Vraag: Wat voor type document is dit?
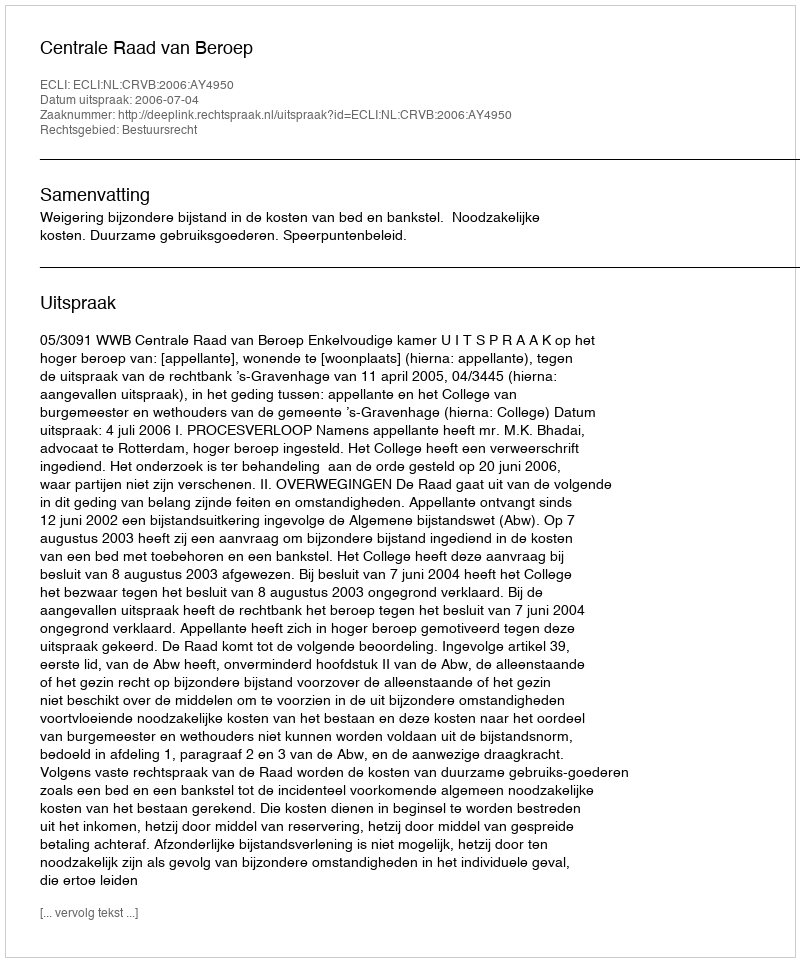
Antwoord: Uitspraak